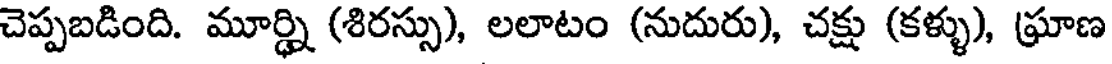
చెప్పబడింది. మూర్ధ్ని (శిరస్సు), లలాటం (నుదురు), చక్షు (కళ్ళు), (ఘ్రాణ